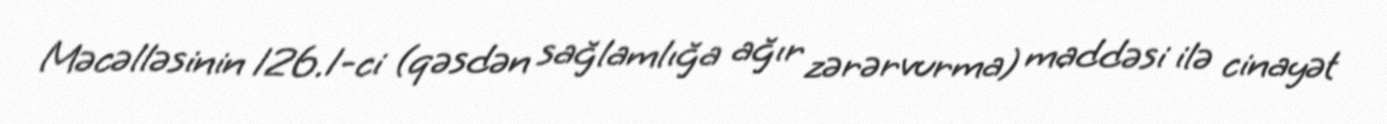
Məcəlləsinin 126.1-ci (qəsdən sağlamlığa ağır zərərvurma) maddəsi ilə cinayət